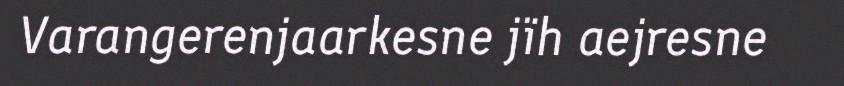
Varangerenjaarkesne jïh aejresne